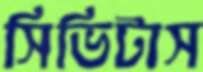
সিভিটাস